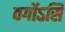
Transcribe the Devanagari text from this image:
वर्गोऽसि